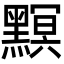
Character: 𪒄